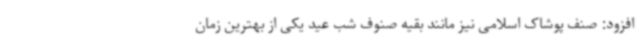
افزود: صنف پوشاک اسلامی نیز مانند بقیه صنوف شب عید یکی از بهترین زمان